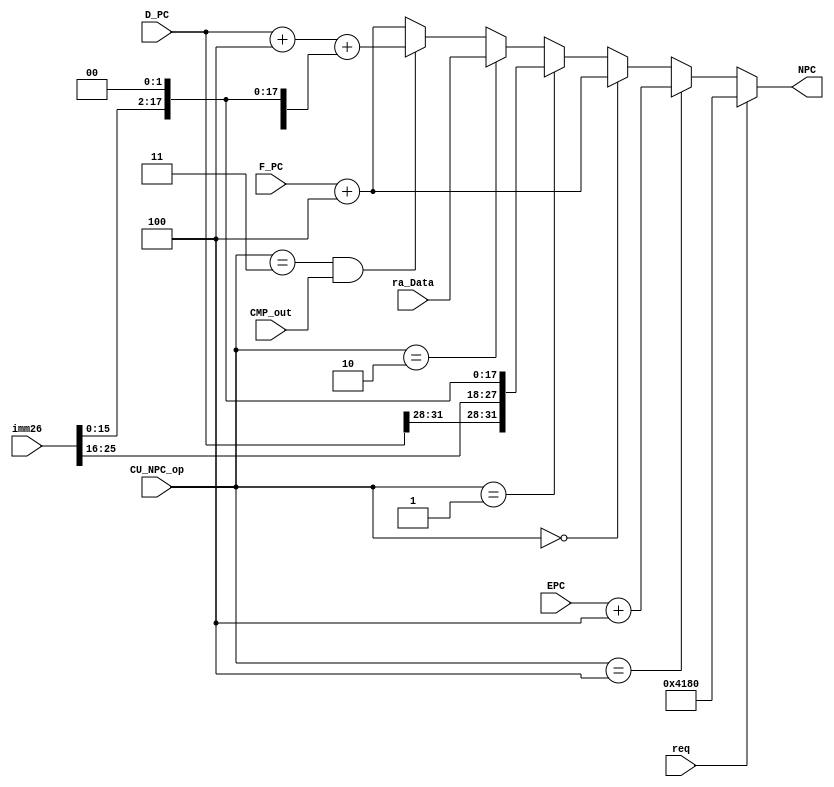
`timescale 1ns / 1ps
//-----------------------------------------------------------------------------------------------------------------
`define npcPC4    3'b000
`define npcJal    3'b001
`define npcJr     3'b010
`define npcBranch 3'b011
`define npcEret   3'b100
//--------------------------------------------------------------------------------------------------------------


//-----------------------------------------------------------------------------------------------------
module D_NPC (
    input [31:0] F_PC,
    input [31:0] D_PC,   
    input [25:0] imm26,
    input [31:0] ra_Data,
    input CMP_out,
    input [2:0] CU_NPC_op,
    input req,
    input [31:0] EPC,
    output [31:0] NPC
    );
//------------------------------------------------------------------------------------------------


//select_area------------------------------------------------------------------------------------                 
    assign NPC = (req) ? 32'H0000_4180 :
                 (CU_NPC_op == `npcEret) ? EPC + 4 :   
                 (CU_NPC_op == `npcPC4) ? F_PC + 4 : 
                 (CU_NPC_op == `npcJal) ? {D_PC[31:28], imm26, 2'b00} :
                 (CU_NPC_op == `npcJr)  ? ra_Data :
                 (CU_NPC_op == `npcBranch && CMP_out) ? D_PC + 4 + {{14{imm26[15]}}, imm26[15:0], 2'b00} :
                 F_PC + 4;
//------------------------------------------------------------------------------------------------

endmodule